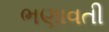
ભણાવતી